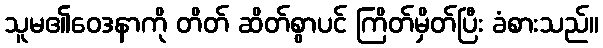
သူမ၏ဝေဒနာကို တိတ် ဆိတ်စွာပင် ကြိတ်မှိတ်ပြီး ခံစားသည်။